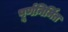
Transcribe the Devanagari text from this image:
पूर्णनिर्मित